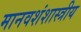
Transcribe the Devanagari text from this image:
मानवशंशास्त्रीय